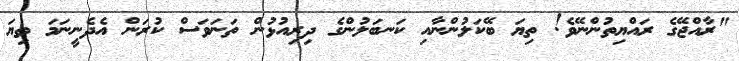
"ރާއްޖޭގެ ރައްޔިތުންނޭވެ! ތިޔަ ބޭކަލުންނާއި ކަނބަލުންގެ ދިރިއުޅުން ތަނަވަސް ކުރަން އެދެނީނަމަ ތިޔަ